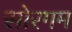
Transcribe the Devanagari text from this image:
सोरगम